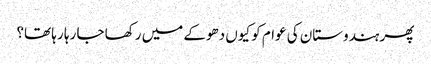
پھر ہندوستان کی عوام کو کیوں دھوکے میں رکھا جا رہا رہا تھا؟